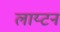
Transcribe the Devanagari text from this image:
लाय्टन